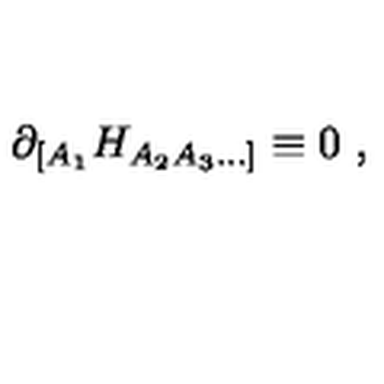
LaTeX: \partial _ { [ A _ { 1 } } H _ { A _ { 2 } A _ { 3 } \ldots ] } \equiv 0 \ ,